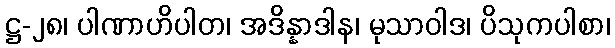
ဋ္ဌ-၂၈၊ ပါဏာဟိပါတ၊ အဒိန္နာဒါန၊ မုသာဝါဒ၊ ပိသုကပါစာ၊